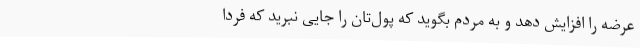
عرضه را افزایش دهد و به مردم بگوید که پول‌تان را جایی نبرید که فردا